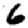
Digit: 6